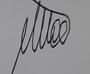
Signature authenticity: genuine